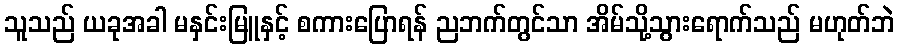
သူသည် ယခုအခါ မနှင်းမြူနှင့် စကားပြောရန် ညဘက်တွင်သာ အိမ်သို့သွားရောက်သည် မဟုတ်ဘဲ